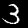
Digit: 3